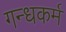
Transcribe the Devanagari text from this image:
गन्धकर्म